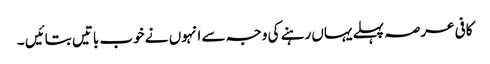
کافی عرصہ پہلے یہاں رہنے کی وجہ سے انہوں نے خوب باتیں بتائیں ۔